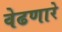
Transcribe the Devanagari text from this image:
वेढणारे